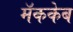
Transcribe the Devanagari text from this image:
मॅककेब